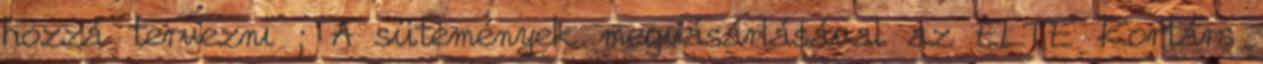
hozzá tervezni ; A sütemények megvásárlásával az ELTE Kortárs